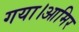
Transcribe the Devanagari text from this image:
गया।आमिर